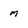
Character: m